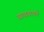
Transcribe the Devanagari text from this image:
वातावरणमें